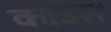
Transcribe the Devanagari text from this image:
काउल